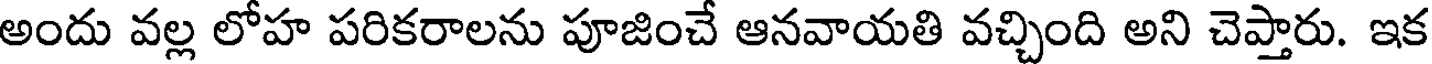
అందు వల్ల లోహ పరికరాలను పూజించే ఆనవాయతి వచ్చింది అని చెప్తారు. ఇక